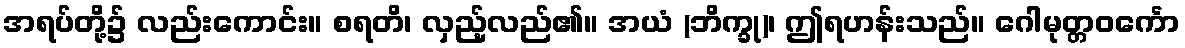
အရပ်တို့၌ လည်းကောင်း။ စရတိ၊ လှည့်လည်၏။ အယံ (ဘိက္ခု)၊ ဤရဟန်းသည်။ ဂေါမုတ္တဝင်္ကော